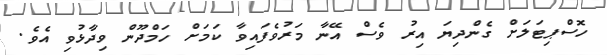
ހޮސްޕިޓަލަށް ގެންދިޔަ އިރު ވެސް އޭނާ މަރުވެފައިވާ ކަމަށް ހަމްދޫން ވިދާޅުވި އެވެ.